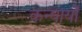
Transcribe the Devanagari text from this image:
कन्यायों